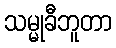
သမ္မုခီဘူတာ